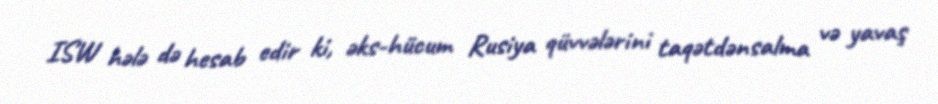
ISW hələ də hesab edir ki, əks-hücum Rusiya qüvvələrini taqətdənsalma və yavaş